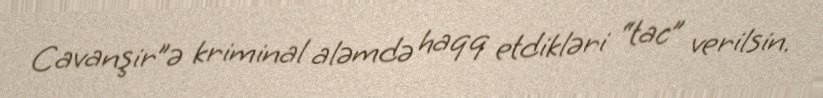
Cavanşir”ə kriminal aləmdə haqq etdikləri “tac” verilsin.